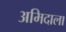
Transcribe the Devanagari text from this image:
अमिदाला